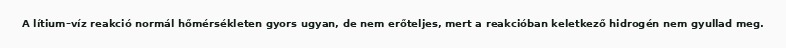
A lítium–víz reakció normál hőmérsékleten gyors ugyan, de nem erőteljes, mert a reakcióban keletkező hidrogén nem gyullad meg.